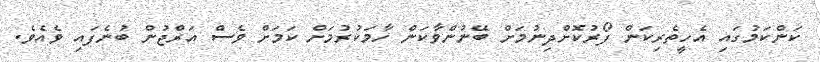
ކަންކަމުގައި އެހީތެރިކަން ފޯރުކޮށްދިނުމަށް ބޭނުންވާކަން ހާމަކުރުމަށް ކަމަށް ވެސް އަރްޖުން ބުނެފައި ވެއެވެ.